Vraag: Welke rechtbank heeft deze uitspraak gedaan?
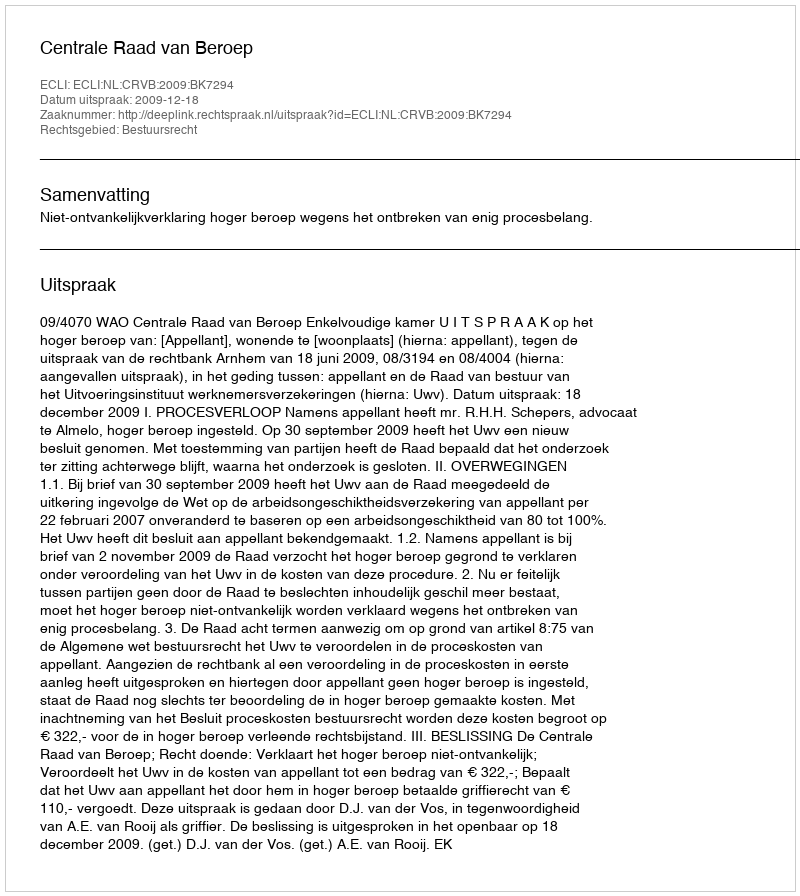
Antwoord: Centrale Raad van Beroep